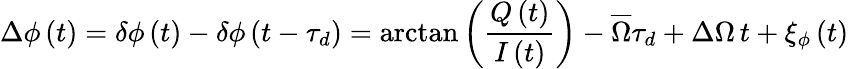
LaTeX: \Delta\phi\left(t\right)=\delta\phi\left(t\right)-\delta\phi\left(t-\tau_{d}\right)=\arctan\left(\frac{Q\left(t\right)}{I\left(t\right)}\right)-\overline{{\Omega}}\tau_{d}+\Delta\Omega\, t+\xi_{\phi}\left(t\right)